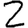
Digit: 2